Indian journal of veterinary science and animal husbandry - Volumes 15-17, 1948-1951
Year: 1948
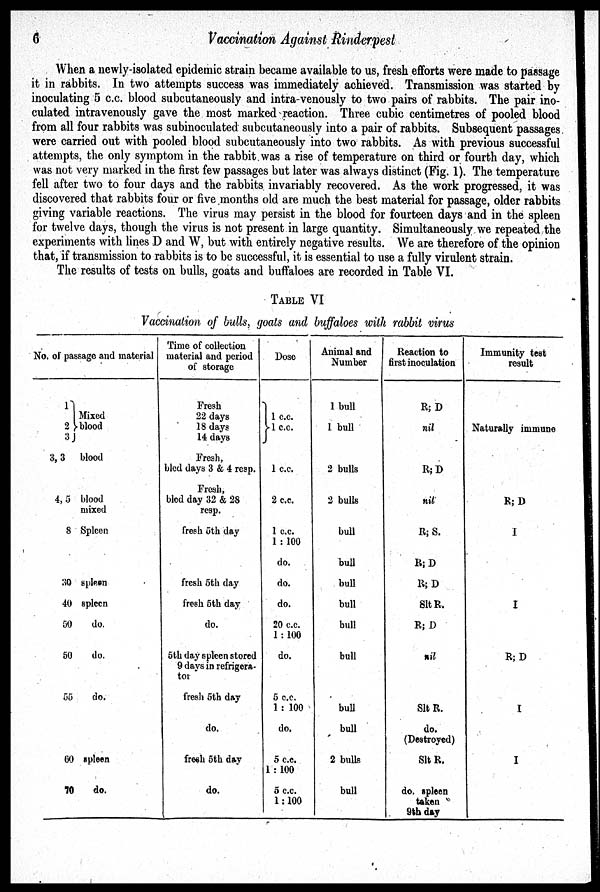
6
Vaccination Against Rinderpest
When a newly-isolated epidemic strain became available to us, fresh efforts were made to passage
it in rabbits. In two attempts success was immediately achieved. Transmission was started by
inoculating 5 c.c. blood subcutaneously and intra-venously to two pairs of rabbits. The pair ino-
culated intravenously gave the most marked reaction. Three cubic centimetres of pooled blood
from all four rabbits was subinoculated subcutaneously into a pair of rabbits. Subsequent passages
were carried out with pooled blood subcutaneously into two rabbits. As with previous successful
attempts, the only symptom in the rabbit was a rise of temperature on third or fourth day, which
was not very marked in the first few passages but later was always distinct (Fig. 1). The temperature
fell after two to four days and the rabbits invariably recovered. As the work progressed, it was
discovered that rabbits four or five months old are much the best material for passage, older rabbits
giving variable reactions. The virus may persist in the blood for fourteen days and in the spleen
for twelve days, though the virus is not present in large quantity. Simultaneously we repeated the
experiments with lines D and W, but with entirely negative results. We are therefore of the opinion
that, if transmission to rabbits is to be successful, it is essential to use a fully virulent strain.
The results of tests on bulls, goats and buffaloes are recorded in Table VI.
TABLE VI
Vaccination of bulls, goats and buffaloes with rabbit virus
No. of passage and material
1
Mixed
2 blood
3
3, 3 blood
4, 5 blood
mixed
8 Spleen
30 spleen
40 spleen
50
do.
50
do.
55 do.
60
spleen
70
do.
Time of collection
material and period
of storage
Fresh
22 days
18 days
14 days
Fresh,
bled days 3 & 4 resp.
Fresh,
bled day 32 & 28
resp.
fresh 5th day
fresh 5th day
fresh 5th day
do.
5th day spleen stored
9 days in refrigera-
tor
fresh 5th day
do.
fresh 5th day
do.
Dose
1 c.c.
1 c.c.
1 c.c.
2 c.c.
1 c.c.
1:100
do.
do.
do.
20 c.c.
1:100
do.
5 c.c.
1:100
do.
5 c.c.
1:100
5 c.c.
1:100
Animal and
Number
1 bull
1 bull
2 bulls
2 bulls
bull
bull
bull
bull
bull
bull
bull-
bull
2 bulls
bull
Reaction to
first inoculation
R; D
nil
R; D
nil
R; S.
R; D
R; D
Slt R.
R; D
nil
Slt R.
do.
(Destroyed)
Slt R.
do. spleen
taken
9th day
Immunity test
result
Naturally immune
R; D
I
I
R; D
I
I